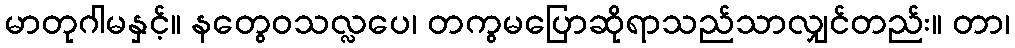
မာတုဂါမနှင့်။ နတွေဝသလ္လပေ၊ တကွမပြောဆိုရာသည်သာလျှင်တည်း။ တာ၊